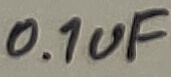
Text: 0.1uF